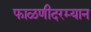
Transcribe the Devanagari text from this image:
फाळणीदरम्यान